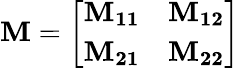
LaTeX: \mathbf{M}=\left[\begin{array}{ll}{\mathbf{M_{11}}}&{\mathbf{M_{12}}}\\ {\mathbf{M_{21}}}&{\mathbf{M_{22}}}\end{array}\right]